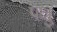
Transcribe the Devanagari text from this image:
पक्षु